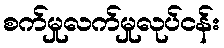
စက်မှုလက်မှုလုပ်ငန်း